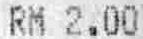
RM 2.00